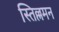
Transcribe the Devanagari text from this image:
स्तिल्लमन